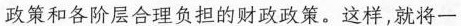
政策和各阶层合理负担的财政政策。这样，就将一